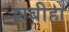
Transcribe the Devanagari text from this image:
शबीहा